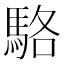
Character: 駱